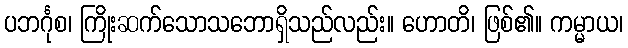
ပဘင်္ဂုစ၊ ကြိုးဆက်သောသဘောရှိသည်လည်း။ ဟောတိ၊ ဖြစ်၏။ ကမ္မာယ၊